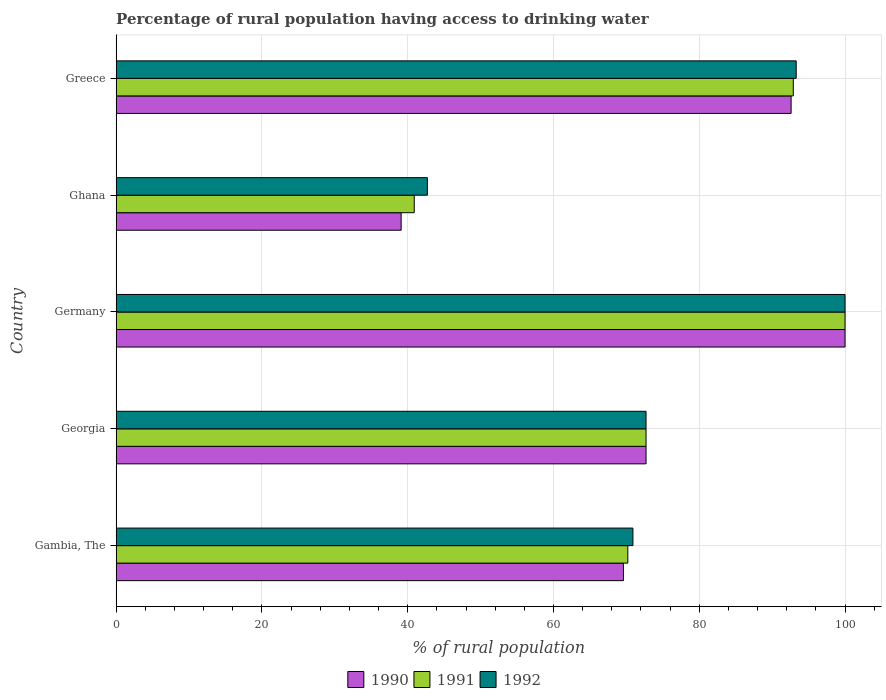
| Country | 1990 | 1991 | 1992 |
 | --- | --- | --- | --- |
 | Gambia, The | 69.6 | 70.2 | 70.9 |
 | Georgia | 72.7 | 72.7 | 72.7 |
 | Germany | 100 | 100 | 100 |
 | Ghana | 39.1 | 40.9 | 42.7 |
 | Greece | 92.6 | 92.9 | 93.3 |